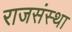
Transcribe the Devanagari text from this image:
राजसंस्था